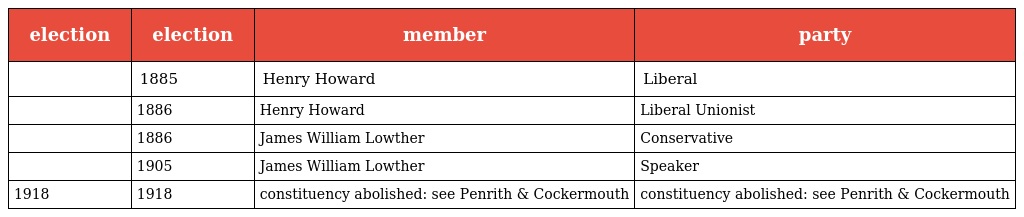
| election | election | member | party |
 | --- | --- | --- | --- |
 |  | 1885 | Henry Howard | Liberal |
 |  | 1886 | Henry Howard | Liberal Unionist |
 |  | 1886 | James William Lowther | Conservative |
 |  | 1905 | James William Lowther | Speaker |
 | 1918 | 1918 | constituency abolished: see Penrith & Cockermouth | constituency abolished: see Penrith & Cockermouth |